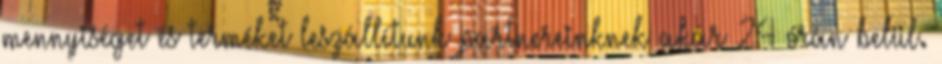
mennyiséget és terméket leszállítunk partnereinknek akár 24 órán belül.